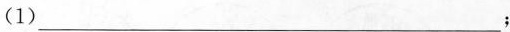
(1)___；